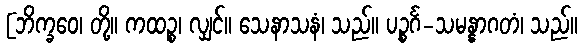
[ဘိက္ခဝေ၊ တို့။ ကထဉ္စ၊ လျှင်။ သေနာသနံ၊ သည်။ ပဉ္စင်္ဂ-သမန္နာဂတံ၊ သည်။